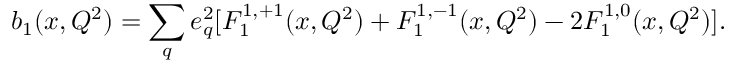
b _ { 1 } ( x , Q ^ { 2 } ) = \sum _ { q } e _ { q } ^ { 2 } [ F _ { 1 } ^ { 1 , + 1 } ( x , Q ^ { 2 } ) + F _ { 1 } ^ { 1 , - 1 } ( x , Q ^ { 2 } ) - 2 F _ { 1 } ^ { 1 , 0 } ( x , Q ^ { 2 } ) ] \/ .